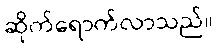
ဆိုက်ရောက်လာသည်။